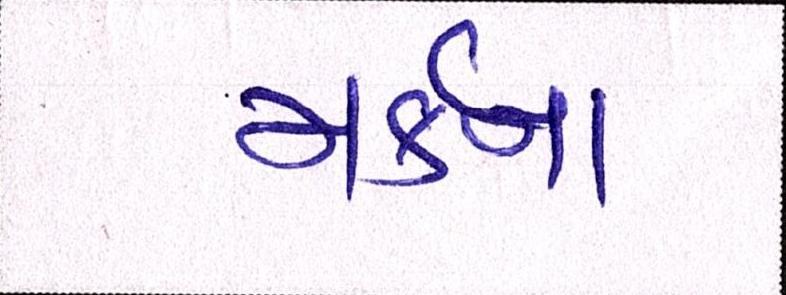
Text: મર્કના